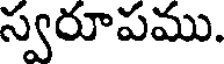
స్వరూపము.